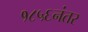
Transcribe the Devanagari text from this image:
१८५६नंतर